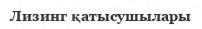
Лизинг қатысушылары